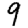
Digit: 9